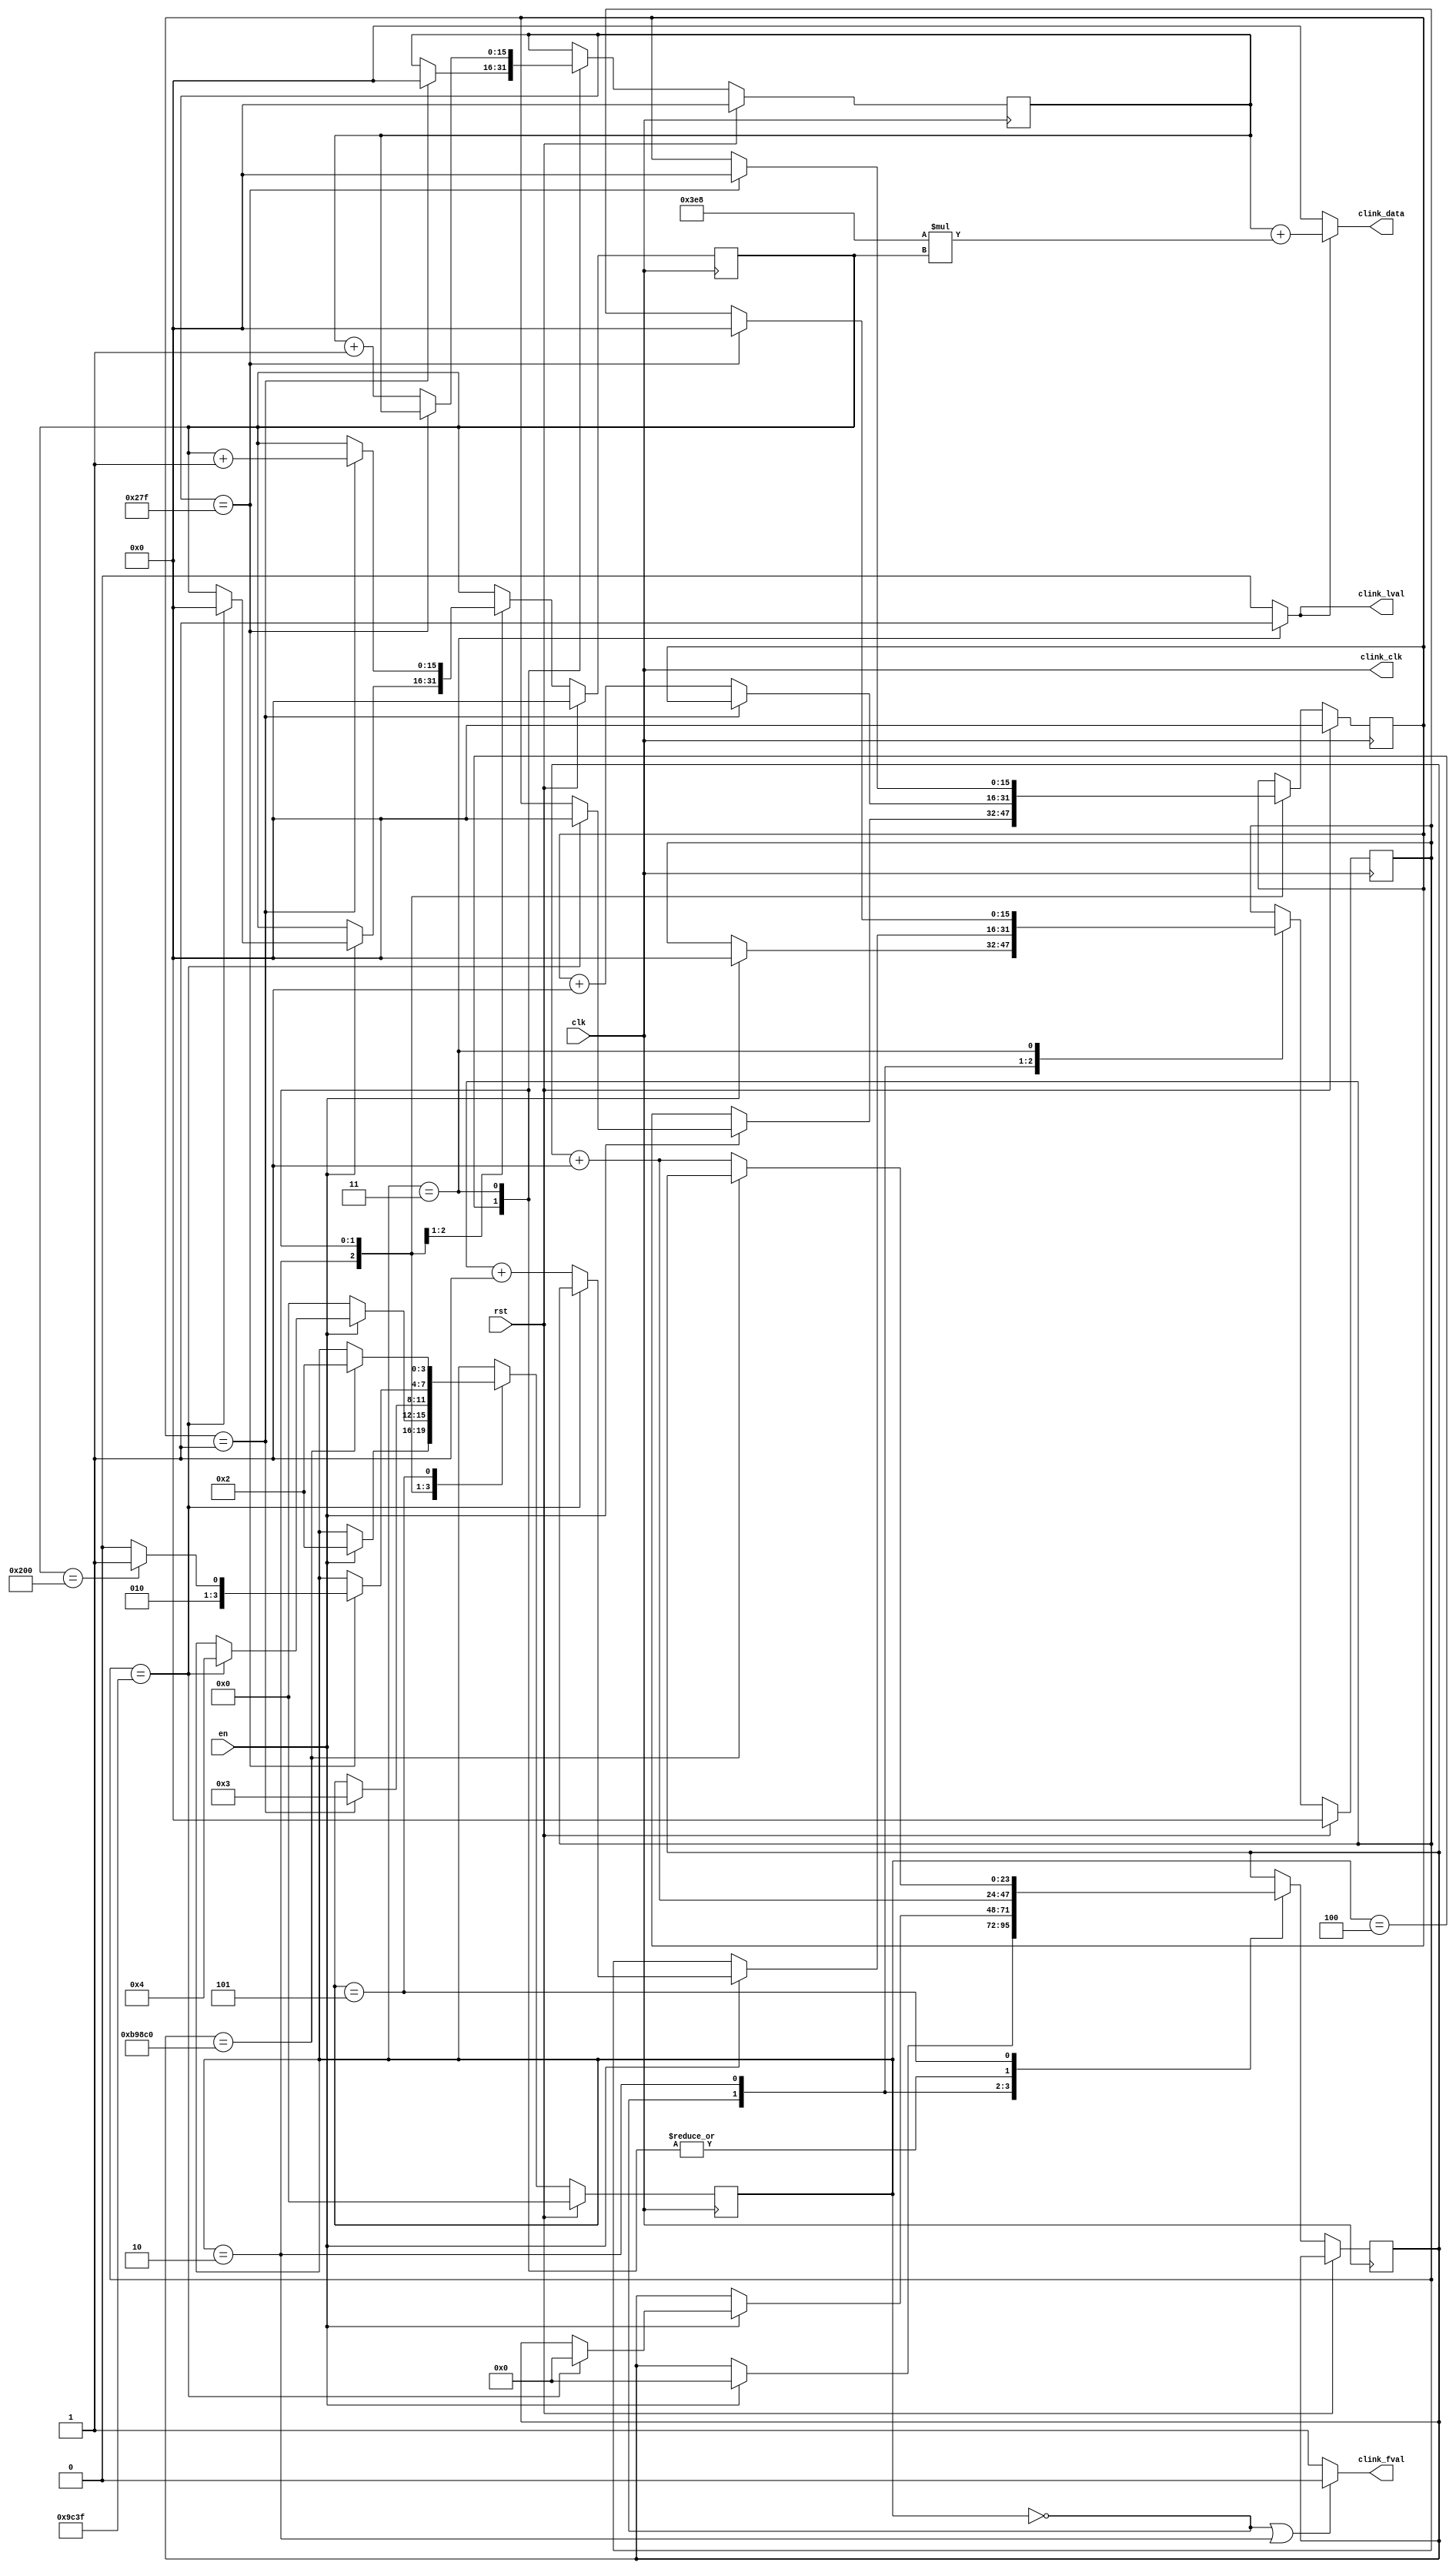
`timescale 1ns / 1ps
module CLinkGenerator #(
	parameter DATA_WIDTH 		= 16,
	parameter CLK_MHZ 			= 20,
	parameter FRAME_WIDTH 		= 512,
	parameter LINE_WIDTH 		= 640,
	parameter FRAME_DELAY_US 	= 2000,
	parameter FRAME_PERIOD_US	= 38000,
	parameter LINE_DELAY_NS 	= 100
	)
	(
	input 						en,
	input 						rst,
	input 						clk,
	// CameraLink interface
	output 						clink_clk,
	output 						clink_fval,
	output 						clink_lval,
	output [DATA_WIDTH-1:0] clink_data
	);

`define FSM_IDLE			0
`define FSM_FWAIT			2
`define FSM_LINE			3
`define FSM_LWAIT			4
`define FSM_EOF			5

localparam fdelay_ticks = FRAME_DELAY_US * CLK_MHZ;
localparam fperiod_ticks = FRAME_PERIOD_US * CLK_MHZ;
localparam ldelay_ticks = LINE_DELAY_NS * CLK_MHZ / 1000;  

reg [3:0] fsm_state = `FSM_IDLE;
reg [15:0] pix_cnt = 16'h0;	
reg [15:0] line_cnt = 16'h0;
reg [15:0] lwait_cnt = 16'h0;
reg [15:0] fwait_cnt = 16'h0;
reg [23:0] fperiod_cnt = 24'h0;

// fsm for stream data	
always @(posedge clk) begin
	if (rst) begin
		fsm_state <= `FSM_IDLE;
		pix_cnt 		= 16'h0;
		line_cnt 	= 16'h0;
		lwait_cnt 	= 16'h0;
		fwait_cnt	= 16'h0;
	end
	else
		case (fsm_state)
			`FSM_IDLE: begin
				if (en) begin
					fsm_state <= `FSM_FWAIT;
					fwait_cnt <= 16'h0;
					fperiod_cnt <= 24'h0;
				end
			end
			`FSM_FWAIT: begin
				if (!en)
					fsm_state <= `FSM_IDLE;
				else
					if (fwait_cnt == fdelay_ticks - 1) begin 
						fsm_state <= `FSM_LWAIT;
						lwait_cnt <= 16'h0;
						line_cnt <= 16'h0;
						fperiod_cnt <= 24'h0;
					end
					else
						fwait_cnt <= fwait_cnt + 1;					
			end
			`FSM_LWAIT: begin
				fperiod_cnt <= fperiod_cnt + 1;
				if (lwait_cnt == ldelay_ticks - 1) begin 
					fsm_state <= `FSM_LINE;
					line_cnt <= line_cnt + 1;
					pix_cnt <= 16'h0;
				end
				else
					lwait_cnt <= lwait_cnt + 1;			
			end
			`FSM_LINE: begin
				fperiod_cnt <= fperiod_cnt + 1;				
				if (pix_cnt == LINE_WIDTH - 1) begin
					lwait_cnt <= 16'h0;
					fwait_cnt <= 16'h0;
					if (line_cnt == FRAME_WIDTH)
						fsm_state <= `FSM_EOF;
					else
						fsm_state <= `FSM_LWAIT;
				end
					else
						pix_cnt <= pix_cnt + 1;
			end
			`FSM_EOF: begin
				if (fperiod_cnt == fperiod_ticks)
					fsm_state <= `FSM_FWAIT;
				else
					fperiod_cnt <= fperiod_cnt + 1;
			end
		endcase
end

assign clink_clk		= clk;
assign clink_fval		= !((fsm_state == `FSM_IDLE) || (fsm_state == `FSM_FWAIT)) ? 1'b1 : 1'b0;
assign clink_lval		= (fsm_state == `FSM_LINE) ? 1'b1 : 1'b0;
assign clink_data		= (clink_lval) ? pix_cnt + 1000 * line_cnt : 16'h0;

endmodule